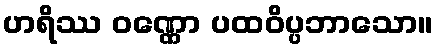
ဟရိဿ ဝဏ္ဏော ပထဝိပ္ပဘာသော။